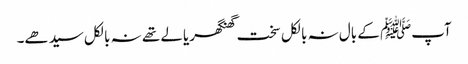
آپﷺ کے بال نہ بالکل سخت گھنگھریالے تھے نہ بالکل سیدھے۔